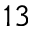
^ { 1 3 }